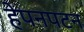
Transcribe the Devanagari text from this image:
हेपनपटन